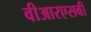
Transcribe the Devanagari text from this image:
वीआरएसबी